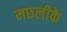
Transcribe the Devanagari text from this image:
मछलीके